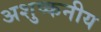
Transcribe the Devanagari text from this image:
अशुष्कनीय